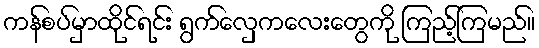
ကန်စပ်မှာထိုင်ရင်း ရွက်လှေကလေးတွေကို ကြည့်ကြမည်။